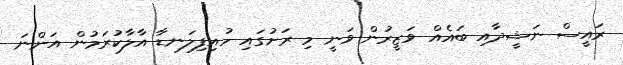
ރައީސް ނަޝީދާއި ބައެއް ވަޒީރުން ވަނީ މި ރަށުގައި ހުއިފިލަނޑާ އާލާކުރަމުން އަންނަ